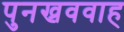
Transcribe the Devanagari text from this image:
पुनख्रववाह